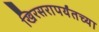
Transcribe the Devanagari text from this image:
खिरसरापर्यंतच्या